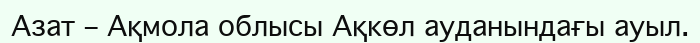
Азат – Ақмола облысы Ақкөл ауданындағы ауыл.